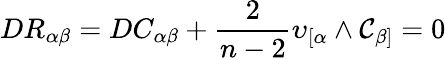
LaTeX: DR_{\alpha\beta}=DC_{\alpha\beta}+\frac{2}{n-2}\upsilon_{[\alpha}\land\mathcal{C}_{\beta]}=0